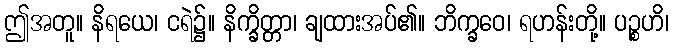
ဤအတူ။ နိရယေ၊ ငရဲ၌။ နိက္ခိတ္တာ၊ ချထားအပ်၏။ ဘိက္ခဝေ၊ ရဟန်းတို့။ ပဉ္စဟိ၊